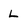
Character: L